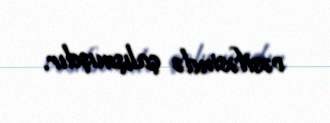
vəsifəsində çalışmışdır.